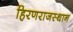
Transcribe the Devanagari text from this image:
हिरणराजस्थान